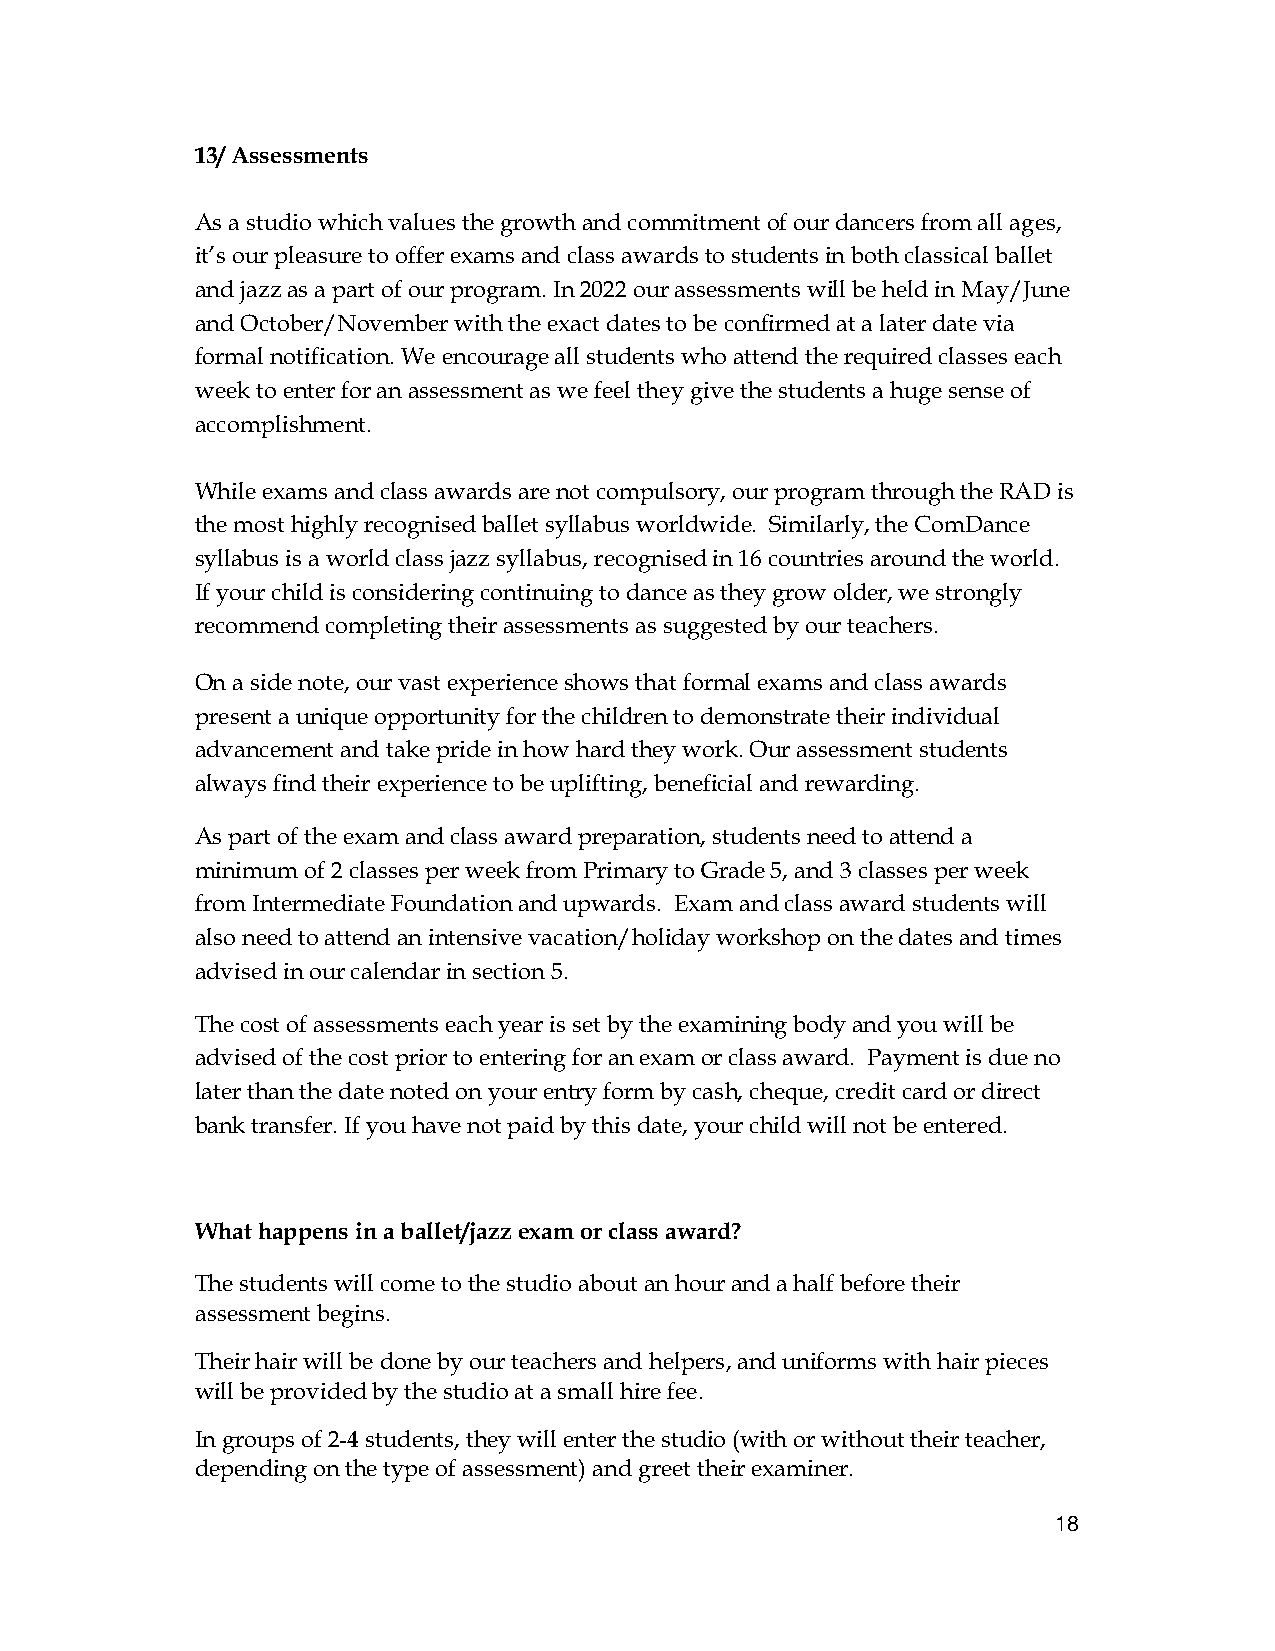
13/ Assessments
 As a studio which values the growth and commitment of our dancers from all ages,
 it’s our pleasure to offer exams and class awards to students in both classical ballet
 and jazz as a part of our program. In 2022 our assessments will be held in May/June
 and October/November with the exact dates to be confirmed at a later date via
 formal notification. We encourage all students who attend the required classes each
 week to enter for an assessment as we feel they give the students a huge sense of
 accomplishment.
 While exams and class awards are not compulsory, our program through the RAD is
 the most highly recognised ballet syllabus worldwide. Similarly, the ComDance
 syllabus is a world class jazz syllabus, recognised in 16 countries around the world.
 If your child is considering continuing to dance as they grow older, we strongly
 recommend completing their assessments as suggested by our teachers.
 On a side note, our vast experience shows that formal exams and class awards
 present a unique opportunity for the children to demonstrate their individual
 advancement and take pride in how hard they work. Our assessment students
 always find their experience to be uplifting, beneficial and rewarding.
 As part of the exam and class award preparation, students need to attend a
 minimum of 2 classes per week from Primary to Grade 5, and 3 classes per week
 from Intermediate Foundation and upwards. Exam and class award students will
 also need to attend an intensive vacation/holiday workshop on the dates and times
 advised in our calendar in section 5.
 The cost of assessments each year is set by the examining body and you will be
 advised of the cost prior to entering for an exam or class award. Payment is due no
 later than the date noted on your entry form by cash, cheque, credit card or direct
 bank transfer. If you have not paid by this date, your child will not be entered.
 What happens in a ballet/jazz exam or class award?
 The students will come to the studio about an hour and a half before their
 assessment begins.
 Their hair will be done by our teachers and helpers, and uniforms with hair pieces
 will be provided by the studio at a small hire fee.
 In groups of 2-4 students, they will enter the studio (with or without their teacher,
 depending on the type of assessment) and greet their examiner.
 18